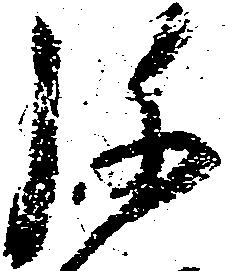
弥